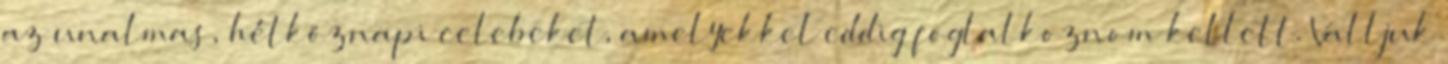
az unalmas, hétköznapi celebeket, amelyekkel eddig foglalkoznom kellett. Valljuk